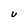
Character: U